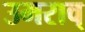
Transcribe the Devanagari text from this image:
उमराव्